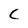
Character: C